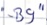
Text: "-B9"